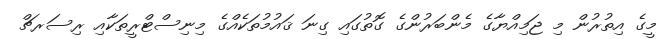
މީގެ އިތުރުން މި ޖަމިއްޔާގެ މެންބަރުންގެ ގޮތުގައި ގިނަ ޤައުމުތަކެއްގެ މިނިސްޓްރީތަކާއި ރިސަރޗް